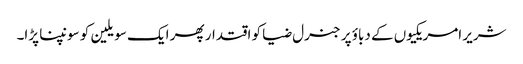
شریر امریکیوں کے دباؤ پر جنرل ضیا کو اقتدار پھر ایک سویلین کو سونپنا پڑا۔